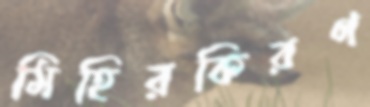
মিহিরকিরণ